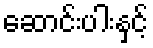
ဆောင်းပါးနှင့်